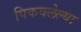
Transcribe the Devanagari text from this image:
पिकवलेल्या